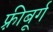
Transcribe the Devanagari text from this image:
फ़्रीबूर्ग